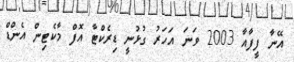
އޭނާ ފީފާއާ 2003 ވަނަ އަހަރު ގުޅުނީ ޑިރެކްޓާ އޮފް މާކެޓިން އެންޑް